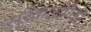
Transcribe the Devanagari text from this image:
सरकारांपैकी